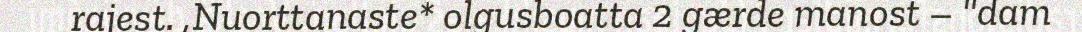
rajest. ,Nuorttanaste* olgusboatta 2 gærde manost – "dam